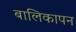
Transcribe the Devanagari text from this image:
बालिकापन